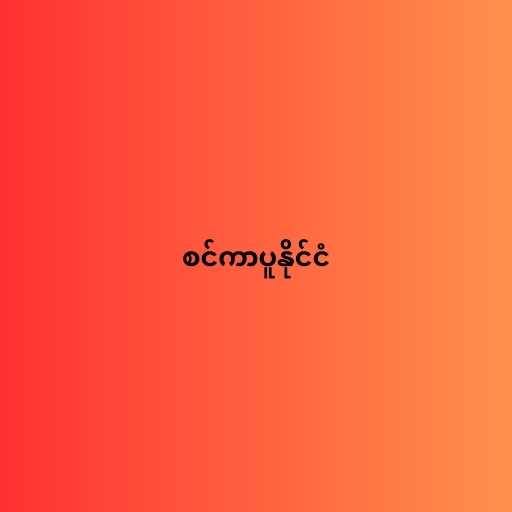
စင်ကာပူနိုင်ငံ